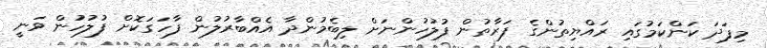
މިފަދަ ކަންކަމުގައި ރައްޔިތުންގެ ފަރާތުން ފުލުހުންނަށް ލިބެމުންދާ އެއްބާރުލުން ފާހަގަކޮށް ފުލުހުުން ވަނީ